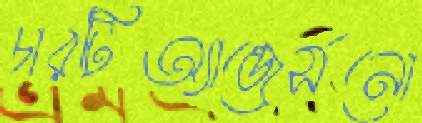
চারটিঅ্যান্ডের্সনো